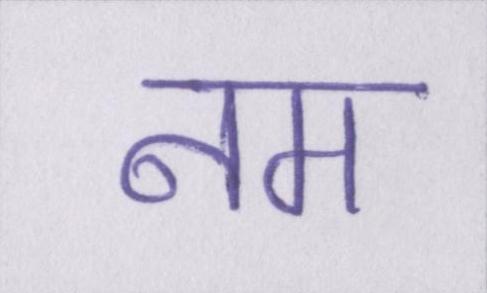
नम